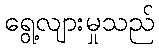
ရွေ့လျားမှုသည်